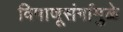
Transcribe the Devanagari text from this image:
विषाणूसंर्गामुळे